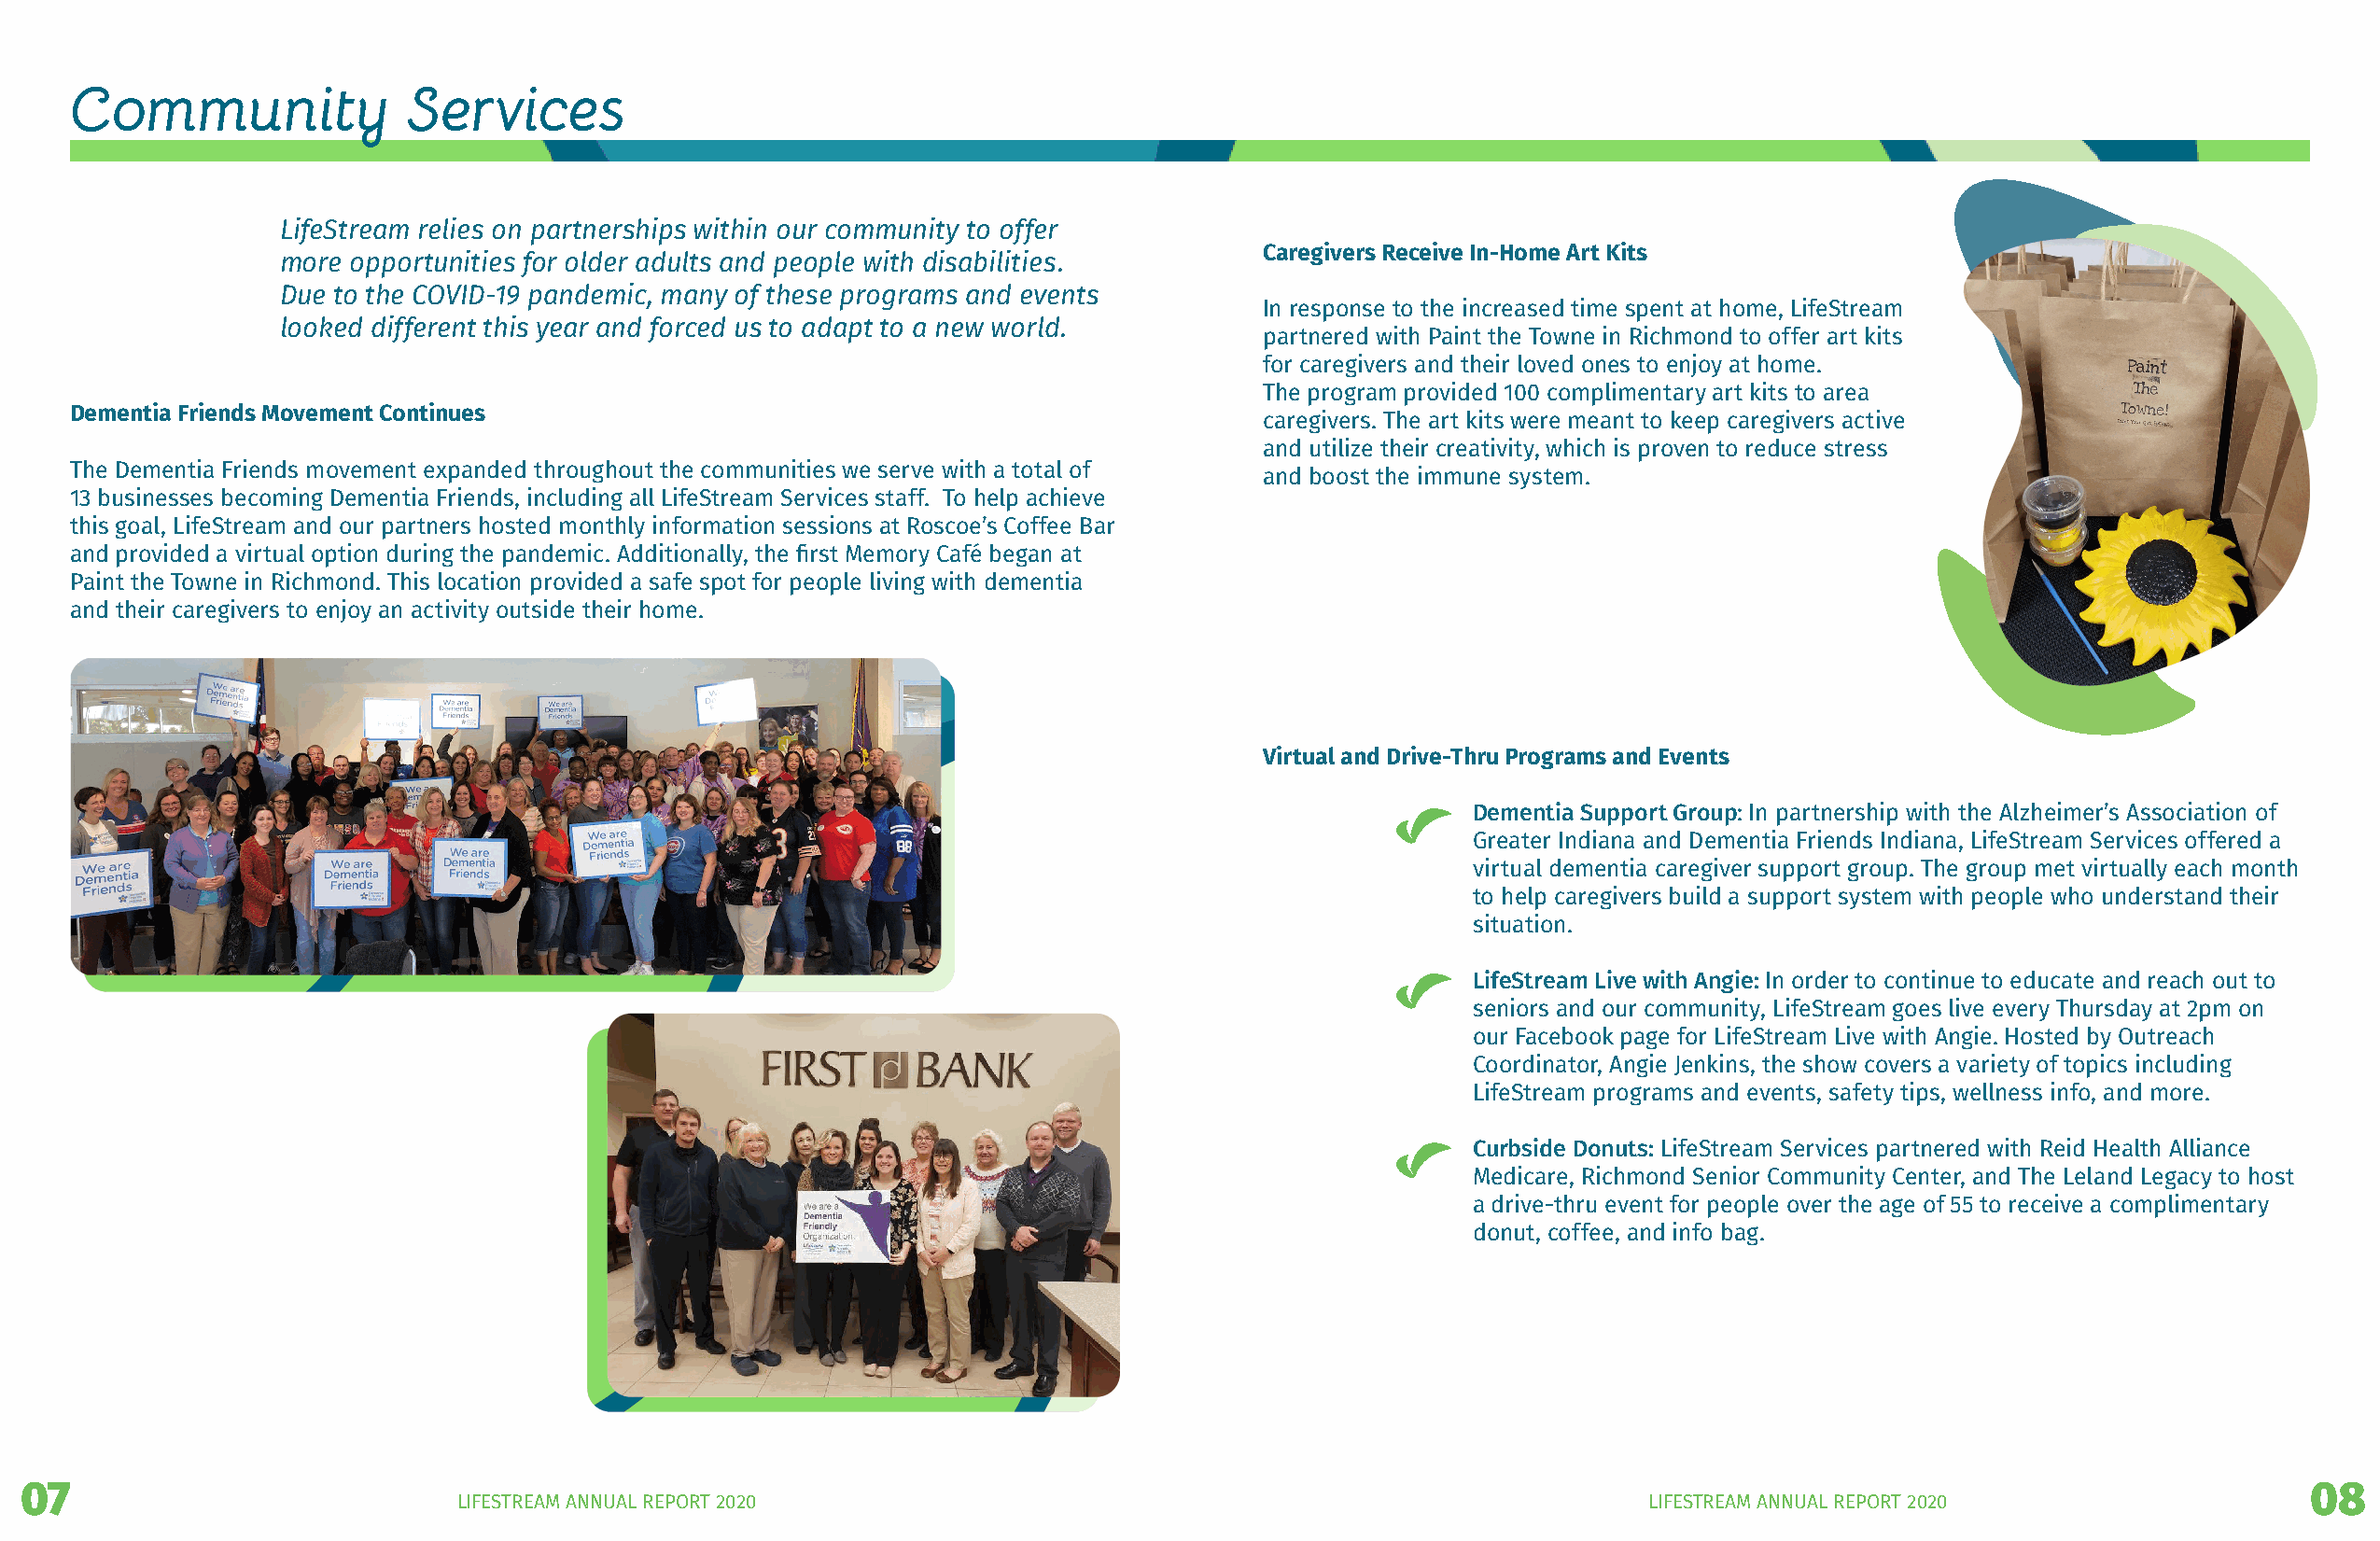
Community               Services
 LifeStream relies on partnerships within our community to offer
 Caregivers Receive In-Home Art Kits
 more opportunities for older adults and people with disabilities.
 Due to the COVID-19 pandemic, many of these programs and events
 In response to the increased time spent at home, LifeStream
 looked different this year and forced us to adapt to a new world.
 partnered with Paint the Towne in Richmond to offer art kits
 for caregivers and their loved ones to enjoy at home.
 The program provided 100 complimentary art kits to area
 Dementia Friends Movement Continues
 caregivers. The art kits were meant to keep caregivers active
 and utilize their creativity, which is proven to reduce stress
 The Dementia Friends movement expanded throughout the communities we serve with a total of
 and boost the immune system.
 13 businesses becoming Dementia Friends, including all LifeStream Services staff. To help achieve
 this goal, LifeStream and our partners hosted monthly information sessions at Roscoe’s Coffee Bar
 and provided a virtual option during the pandemic. Additionally, the first Memory Café began at
 Paint the Towne in Richmond. This location provided a safe spot for people living with dementia
 and their caregivers to enjoy an activity outside their home.
 Virtual and Drive-Thru Programs and Events
 Dementia Support Group: In partnership with the Alzheimer’s Association of
 Greater Indiana and Dementia Friends Indiana, LifeStream Services offered a
 virtual dementia caregiver support group. The group met virtually each month
 to help caregivers build a support system with people who understand their
 situation.
 LifeStream Live with Angie: In order to continue to educate and reach out to
 seniors and our community, LifeStream goes live every Thursday at 2pm on
 our Facebook page for LifeStream Live with Angie. Hosted by Outreach
 Coordinator, Angie Jenkins, the show covers a variety of topics including
 LifeStream programs and events, safety tips, wellness info, and more.
 Curbside Donuts: LifeStream Services partnered with Reid Health Alliance
 Medicare, Richmond Senior Community Center, and The Leland Legacy to host
 a drive-thru event for people over the age of 55 to receive a complimentary
 donut, coffee, and info bag.
 07                                                                                                                                                                 08
 LIFESTREAM ANNUAL REPORT 2020                                                        LIFESTREAM ANNUAL REPORT 2020